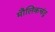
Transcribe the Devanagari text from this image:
मौलिकचंद्र